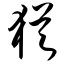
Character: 犹